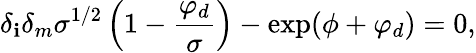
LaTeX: \delta_{\mathbf{i}}\delta_{m}\sigma^{1/2}\left(1-\frac{{\varphi_{d}}}{{\sigma}}\right)-\exp(\phi+\varphi_{d})=0,